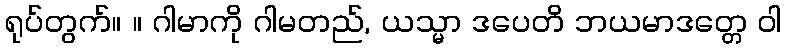
ရုပ်တွက်။ ။ ဂါမာကို ဂါမတည်, ယသ္မာ ဒပေတိ ဘယမာဒတ္တေ ဝါ